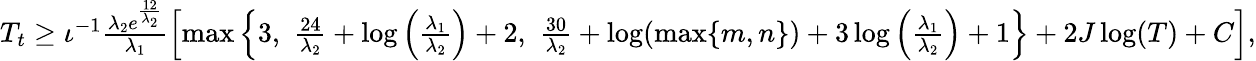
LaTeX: \begin{array}{r}{T_{t}\geq\iota^{-1}\frac{\lambda_{2}e^{\frac{12}{\lambda_{2}}}}{\lambda_{1}}\left[\operatorname*{max}\left\{ 3,\, \, \frac{24}{\lambda_{2}}+\log\left(\frac{\lambda_{1}}{\lambda_{2}}\right)+2,\, \, \frac{30}{\lambda_{2}}+\log(\operatorname*{max}\{ m,n\} )+3\log\left(\frac{\lambda_{1}}{\lambda_{2}}\right)+1\right\} +2J\log(T)+C\right],}\end{array}